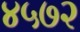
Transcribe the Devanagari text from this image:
४५७२